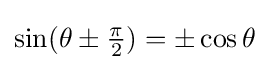
\sin(\theta \pm {\tfrac {\pi }{2}})=\pm \cos \theta